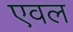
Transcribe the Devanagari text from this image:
एवल